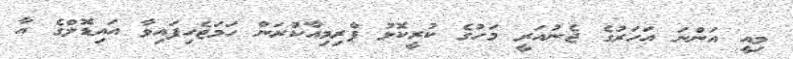
މިއީ އަންނަ އަހަރުގެ ޖެނުއަރީ މަހުގެ ކުރީކޮޅު ޕްރިމިއާކުރަން ހަމަޖެހިފައިވާ އައިޑޮލްގެ އާ